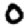
Digit: 0